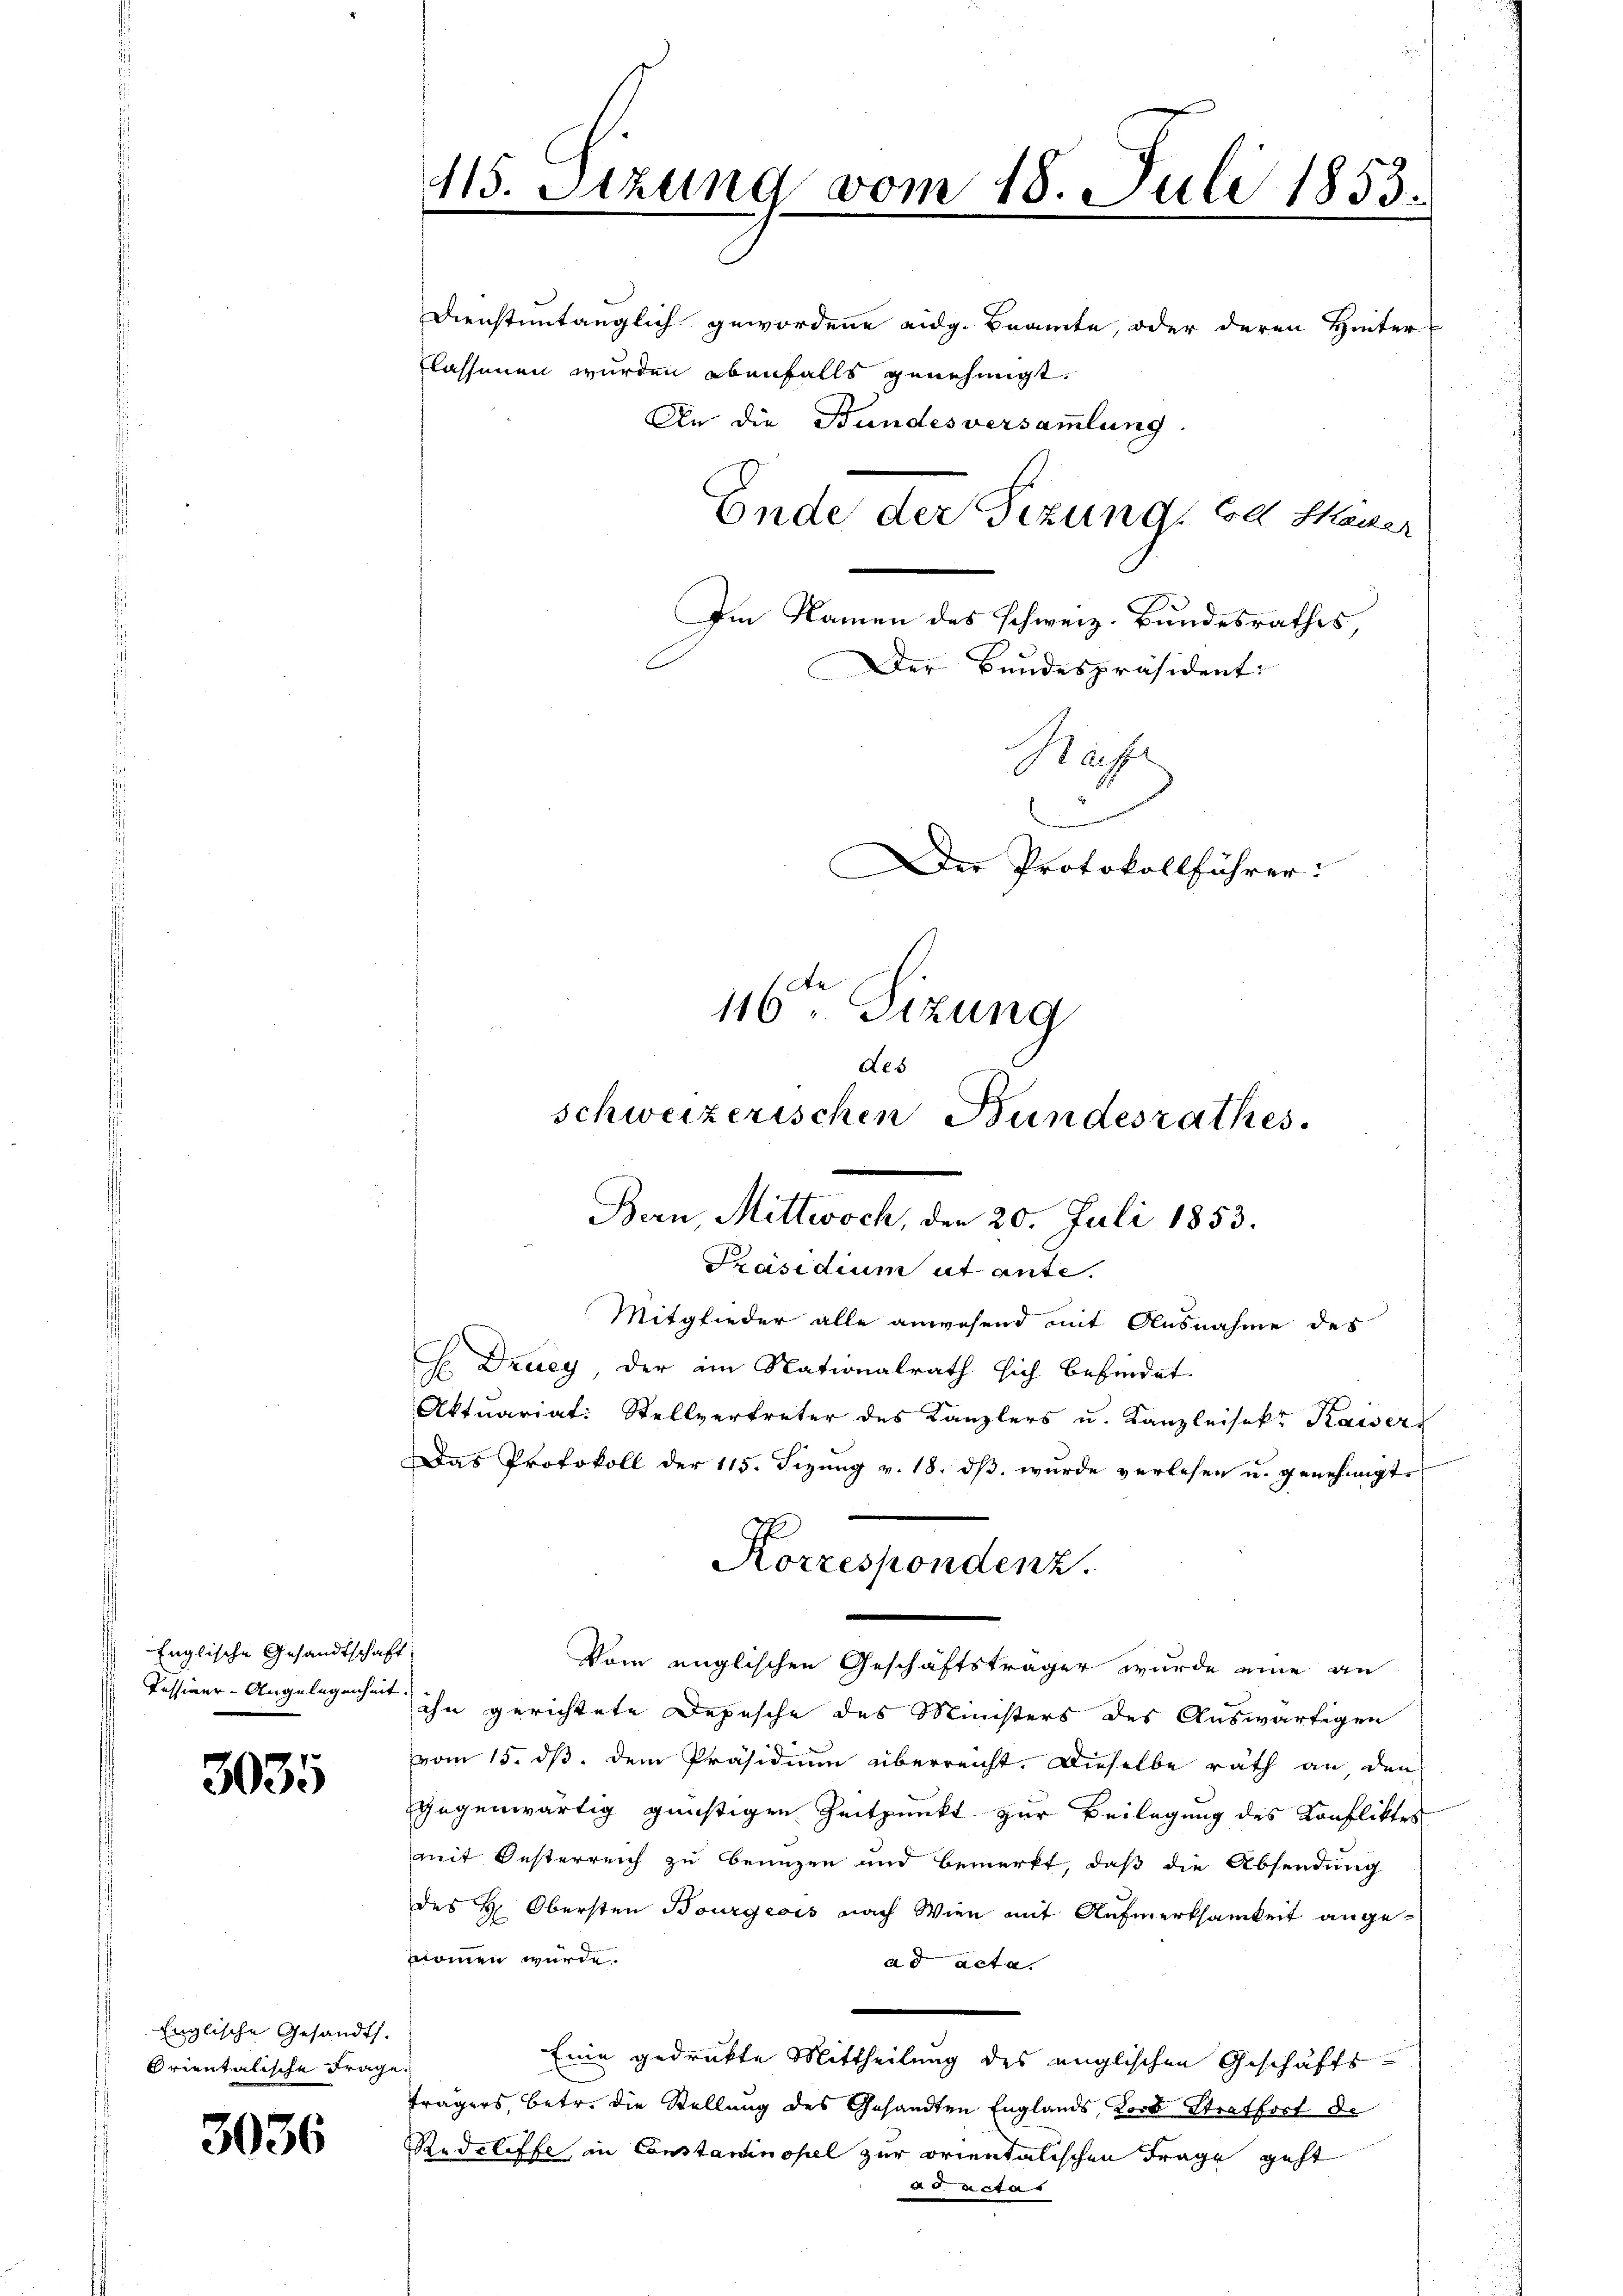
Englische Gesandtschaft

3035

Englische Gesandts.
Orientalische Frage

3036

Dienstentänglich gewordene eidg. Beamte, oder deren Hinter-
lassenen wurden ebenfalls genehmigt.

115. Stzung vom 18. Juli 1853.
An die Bundesversammlung.
Ende der Sizung d Mauer
Im Namen des schweiz. Bundesrathes,
Der Bundespräsident:
Maft
Der Protokollführer:
te
116. Sitzung
des

schweizerischen Bundesrathes.
Bern, Mittwoch, den 20. Juli 1853.
Präsidium ut ante.
Mitglieder alle anwesend mit Ausnahme des

Korrespondenz.

H Dzuey, der im Nationalrath sich befindet.
Aktuariat: Stellvertreter des Kanzlers u. Kanzleisekr Kaisers
Das Protokoll der 115. Fizung v. 18. dß wurde verlesen u. genehmigt.
Vom englischen Geschäftsträger wurde eine an
Pessions-Angelegenen ihn gerichtete Depesche des Ministers des Auswärtigen
vom 15. ds. dem Präsidium überreicht. Dieselbe rath an, den
gegenwärtig günstigen Zeitpunkt zur Beilagung des Konfliktes
mit Oesterreich zu benuzen und bemerkt, daß die Absendung
des H. Obersten Bourgeois nach Wien mit Aufmerksamkeit angetnommen wurde.
ad acta.
Eine gedrukte Mittheilung des englischen Geschäftsträgers, betr. die Stellung des Gesandten Englands, Korb Straffoct de
Rudrliffe in Constaninopel zur orientalischen Frage geht
d actar